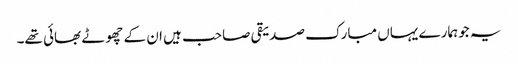
یہ جوہمارے یہاں مبارک صدیقی صاحب ہیں ان کے چھوٹے بھائی تھے۔